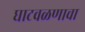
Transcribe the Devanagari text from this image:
घाटवळणाचा